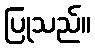
ပြုသည်။